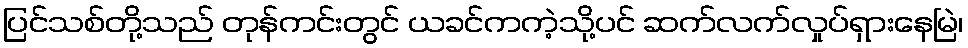
ပြင်သစ်တို့သည် တုန်ကင်းတွင် ယခင်ကကဲ့သို့ပင် ဆက်လက်လှုပ်ရှားနေမြဲ၊